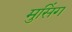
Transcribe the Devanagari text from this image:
मुसिंग